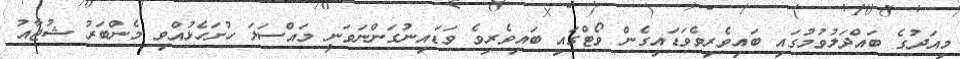
މިއަދުގެ ބައްދަލުވުމުގައި ބައިވެރިވެވަޑައިގެން ވޯޓްގައި ބައިވެރިވެ ވަޑައިނުގަންނަވަނީ މައްސަލަ ހުށަހެޅުއްވި މެންބަރު ޝުޖާއު